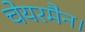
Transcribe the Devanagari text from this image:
चेयरमैन।